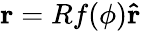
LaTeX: \mathbf{r}=Rf(\phi)\mathbf{\hat{r}}